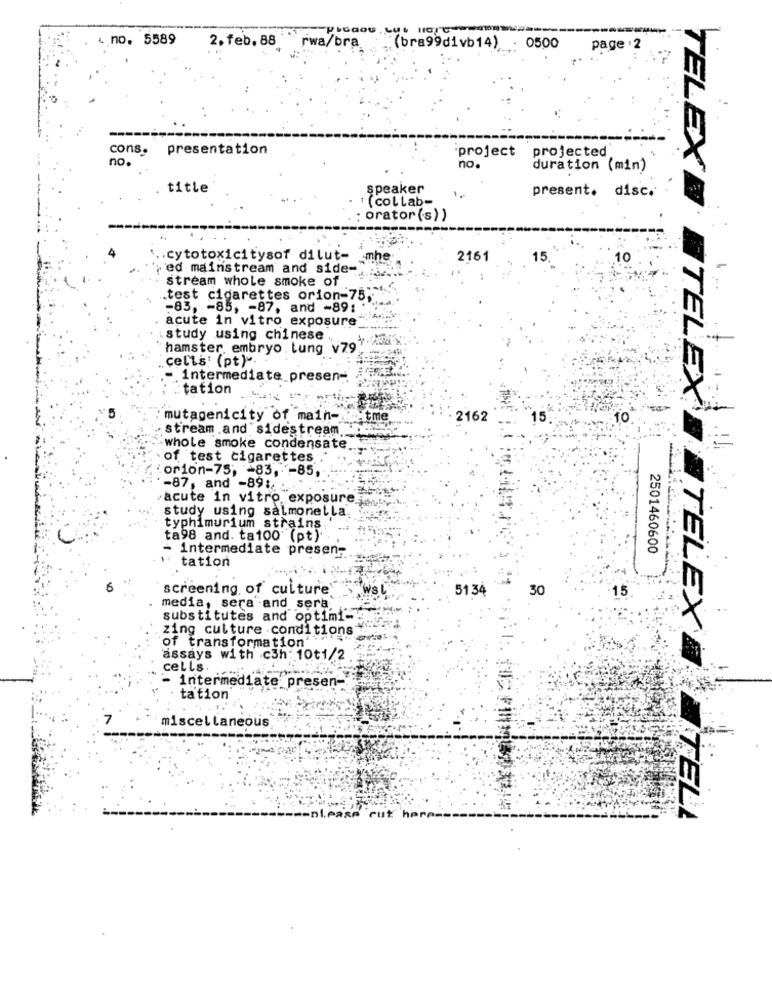
. no. 5589
2. feb. 88
rwa/bra
(bra99divb14)
0500
page . 2
cons.
presentation
projected
no.
project
no.
duration (min)
title
speaker
present. disc.
(collab-
orator(s))
.. cytotoxicitysof dilut-
mhe
2161
15
10
ed mainstream and side-
stream whole smoke of
.test cigarettes orion-75;"
-83, - 85, - 87, and -89;
acute in vitro exposure
:study using chinese
hamster. embryo. Lung v79.
cells' (pt)".
- intermediate presen -.
. tation
mutagenicity of main-
t me
2162
10
stream .and sidestream.
TELEX@ TELEX
-whole smoke condensate.
of test cigarettes
orion-75; - 83, - 85,
-87, and -891 .
acute in vitro exposure.
study using salmonella.
typhimurium strains
ta98 and. ta100" (pt)
- intermediate presen-
2501460600
tation
screening of culture
WS
51 34
30
media, sera and sera
substitutes and optimi -!
zing culture conditions
of transformation
assays with c3h: 10t1/2
cells.
- intermediate presen-
tation
miscellaneous
TELEX TELL